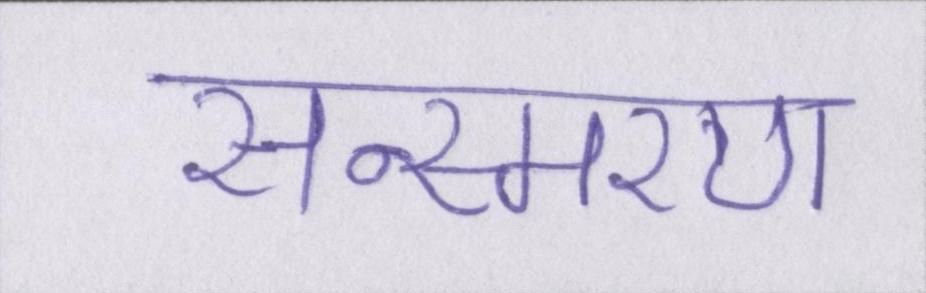
सन्स्मरण